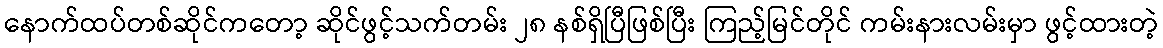
နောက်ထပ်တစ်ဆိုင်ကတော့ ဆိုင်ဖွင့်သက်တမ်း ၂၈ နစ်ရှိပြီဖြစ်ပြီး ကြည့်မြင်တိုင် ကမ်းနားလမ်းမှာ ဖွင့်ထားတဲ့